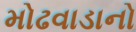
મોઢવાડાનો